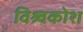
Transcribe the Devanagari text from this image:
विश्र्वकोश